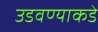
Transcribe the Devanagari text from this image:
उडवण्याकडे